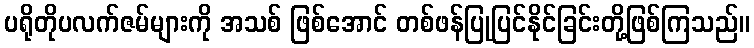
ပရိုတိုပလက်ဇမ်များကို အသစ် ဖြစ်အောင် တစ်ဖန်ပြုပြင်နိုင်ခြင်းတို့ဖြစ်ကြသည်။